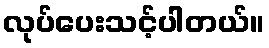
လုပ်ပေးသင့်ပါတယ်။